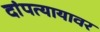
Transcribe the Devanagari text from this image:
दांपत्यायावर